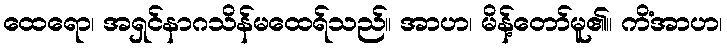
ထေရော၊ အရှင်နာဂသိန်မထေရ်သည်။ အာဟ၊ မိန့်တော်မူ၏။ ကိံအာဟ၊